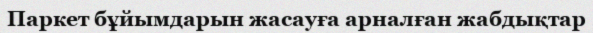
Паркет бұйымдарын жасауға арналған жабдықтар